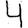
Digit: 4